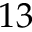
{ 1 3 }